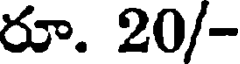
రూ. 20/-